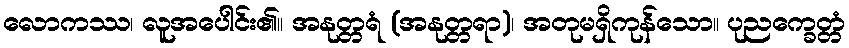
လောကဿ၊ လူအပေါင်း၏။ အနုတ္တရံ (အနုတ္တရာ)၊ အတုမရှိကုန်သော။ ပုညက္ခေတ္တံ